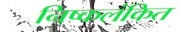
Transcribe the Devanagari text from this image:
निष्कलंकित